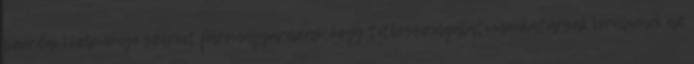
szerdai közleménye szerint félremagyarázás, hogy titkosszolgálati munkatársak kerülnének az